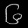
Digit: ၆